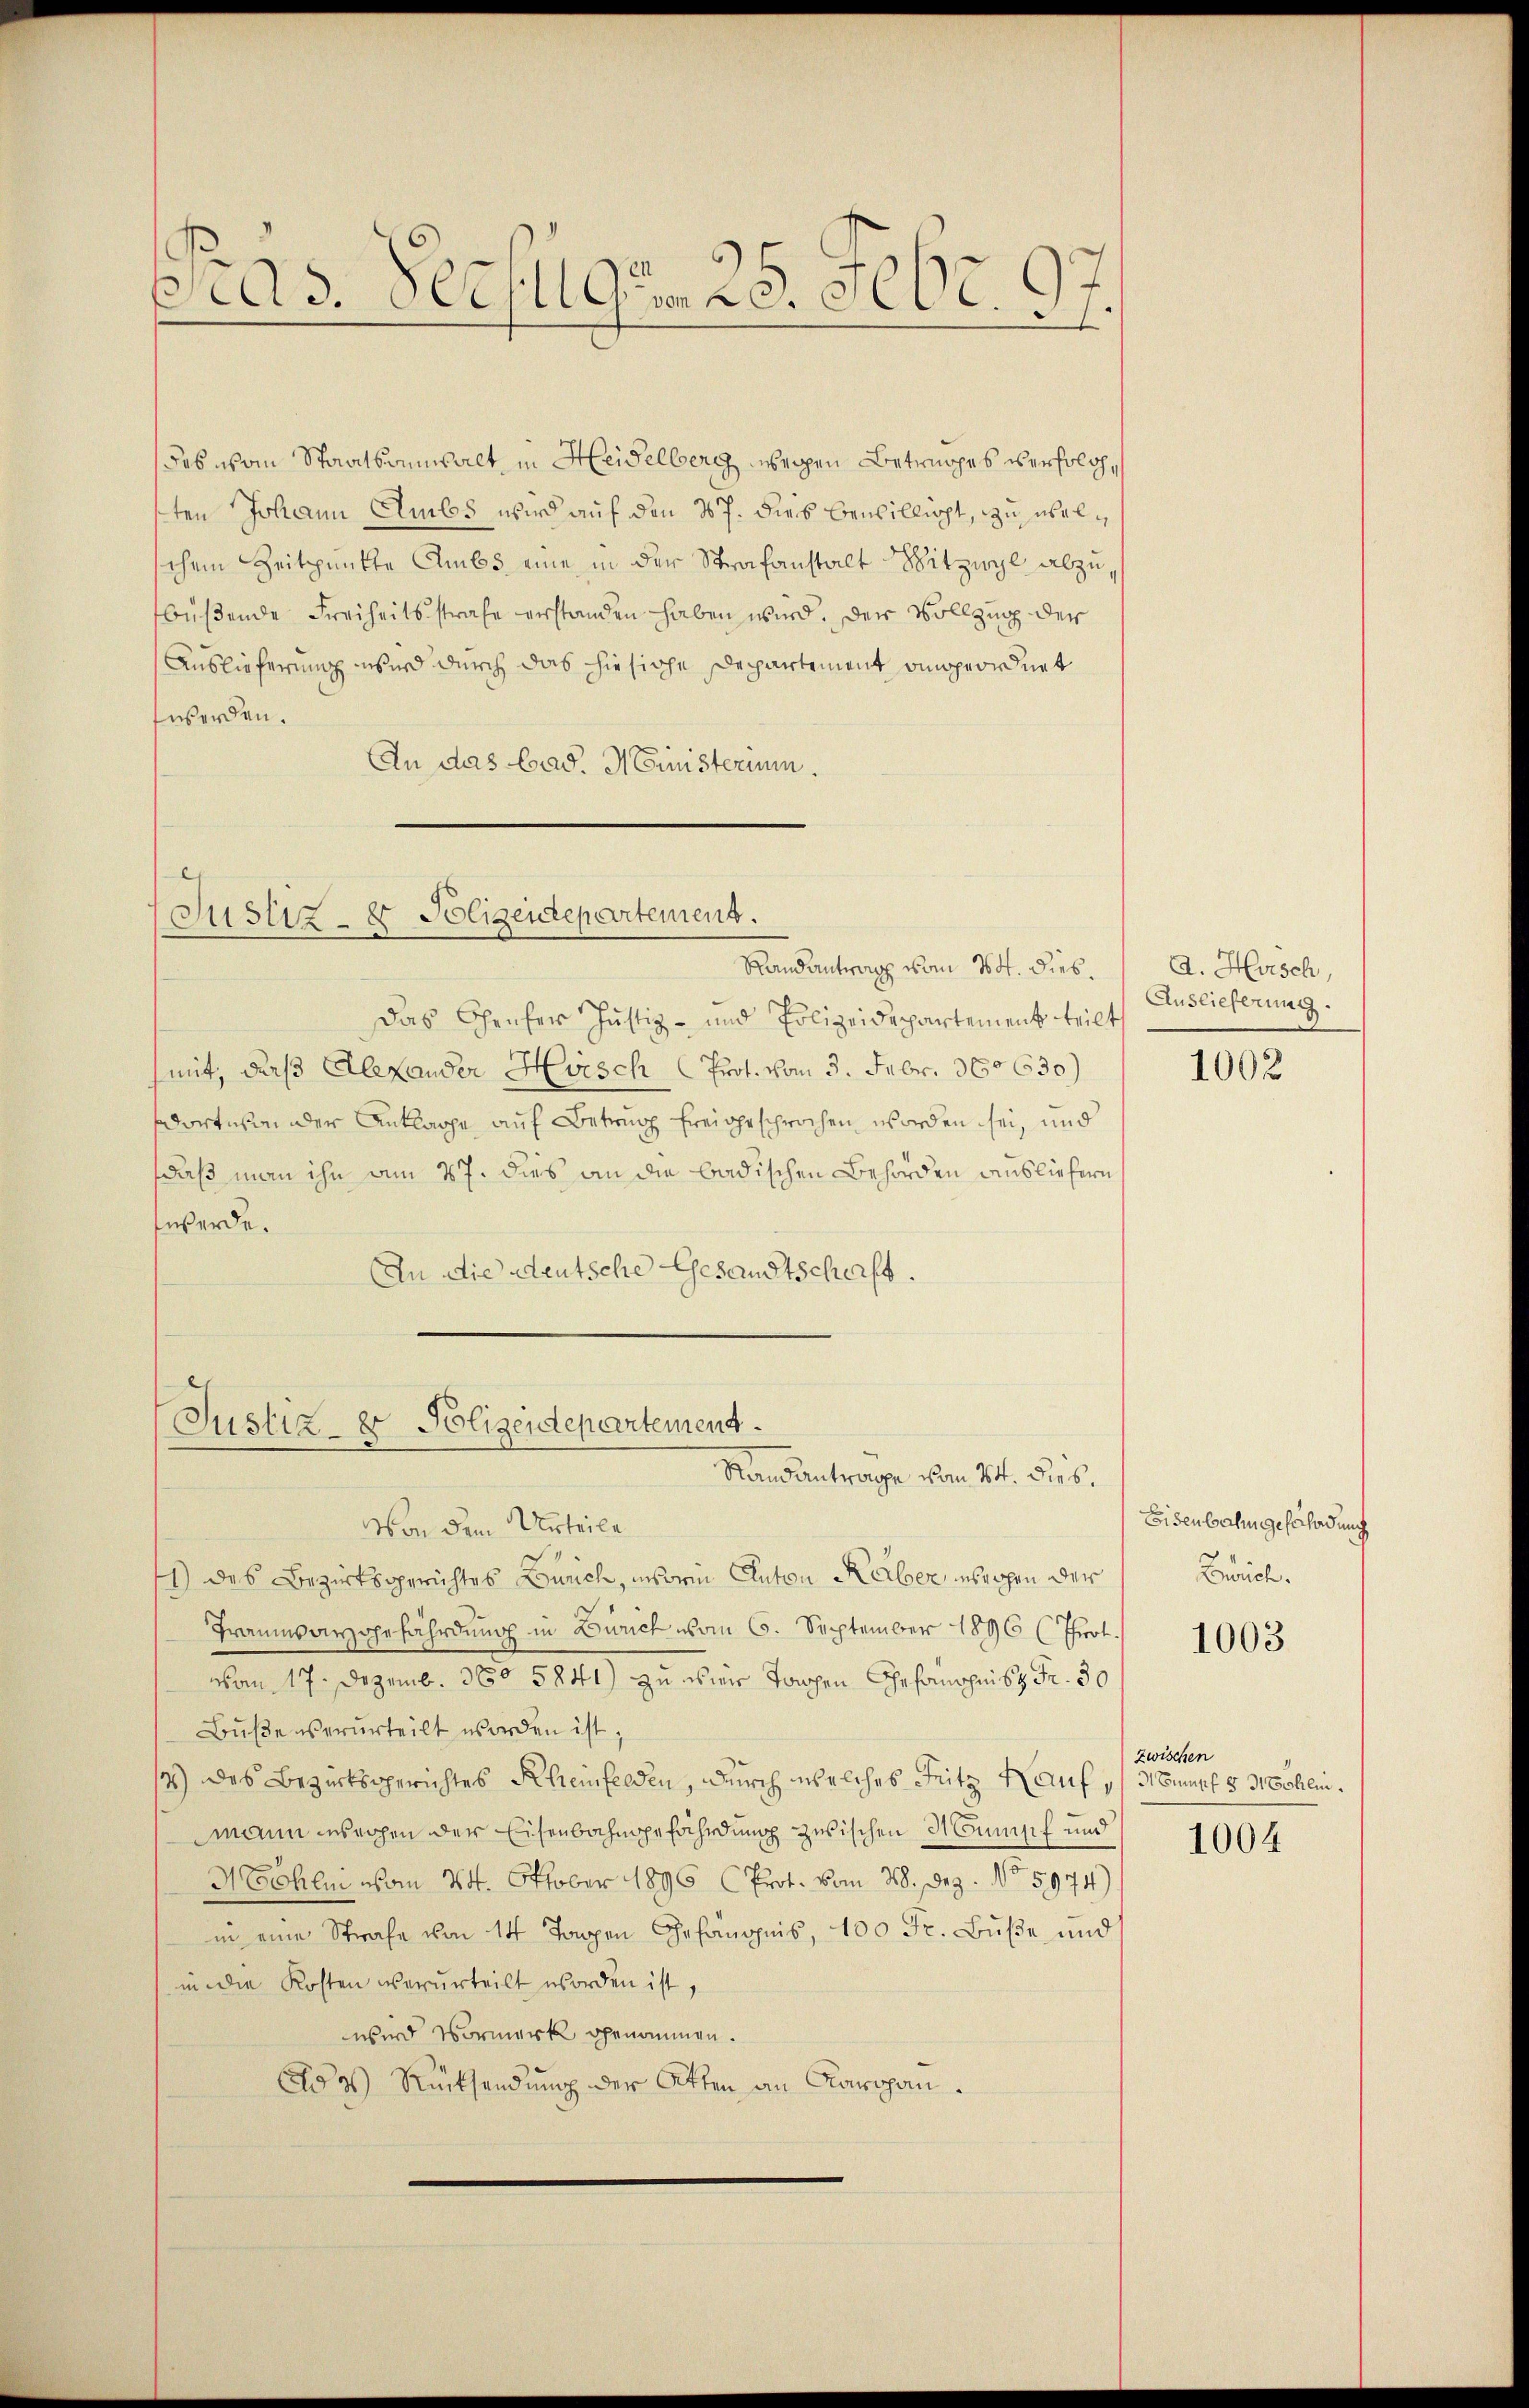
Pras. Peculgen 28. Febr. 197.

des vom Staatsanwalt, in Heidelberg wegen Betruges verfolgten Johann Ambs wird auf den 17. dies bewillicht, zu sabelschem Zeitpunkte Ambs eine in der Strafanstalt Witzwyl abzubüßende Freiheitsstrafe erstanden haben wird. Der Vollzug der
Auslieferung wird durch das hiesiche Departement angeordnet
twerden.
An das bad. Ministerium.

Justiz- & Polizeidepartement.

Das Chrufer Justiz- und Polizeidepartement teilt
mit, daß Alexander Hirsch Prof. vom 3. Febr. 160630)
dortise der Anklage auf Betrug freigesprochen worden sei, und
daß man ihn am 27. dies an die badischen Behörden ausliefern
werde.
An die deutsche Gesandtschaft.

Justiz- & Polizendepartement.
Randantrage vom 24. dies,

Von dem Urteile
1
1) des Bezirksgerichtes Bunch, insberein Anton Reiber, übrigen der
Traumsaygefährdung in Zürich vom 6. September 1896 (Thiert.
vom 17. Dezemb. 360 5241) zu vier Tagen Gefängnis z. Fr. 30
Buße verurteilt worden ist,
13) des Bezirksgerichtes Rheinfelden, durch welches Seitz auf 3 Mommst 8 Schlin
mann sachen der Eisenbahngefährdung zwischen Mumpf und
Nohlen vom 24. Oktober 1896 (Prot. vom 28. Dez. No 5974)
in eine Strafe von 14 Tagen Gefängnis, 100 Fr. Buße und
in die Kosten verurteilt worden ist,
wird Vormerk genommen.
Ad 2) Rücksendung der Atten an Karajan.

Randantrag vom 24. dies.   A. Husch,

Auslieferung.

1002

Eisenbahn gefährdung
Zeich.

1003

zwischen

1004